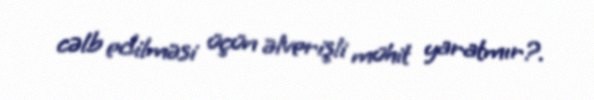
cəlb edilməsi üçün əlverişli mühit yaratmır?.